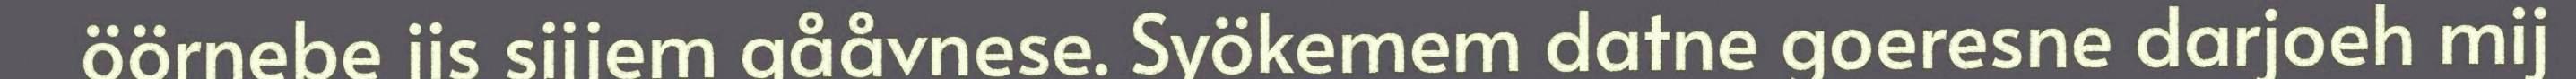
öörnebe jis sijjem gååvnese. Syökemem datne goeresne darjoeh mij